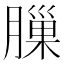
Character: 𦟳